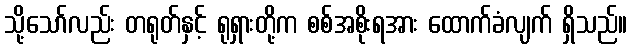
သို့သော်လည်း တရုတ်နှင့် ရုရှားတို့က စစ်အစိုးရအား ထောက်ခံလျက် ရှိသည်။